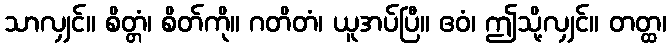
သာလျှင်။ စိတ္တံ၊ စိတ်ကို။ ဂတိတံ၊ ယူအပ်ပြီ။ ဧဝံ၊ ဤသို့လျှင်။ တတ္ထ၊